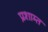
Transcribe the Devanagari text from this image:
प्रशाम्त